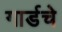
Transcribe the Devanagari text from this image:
गार्डचे